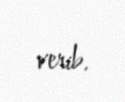
verib.